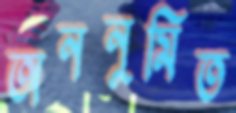
অননুমিত